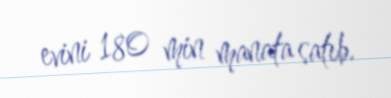
evini 180 min manata satıb.